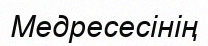
Медресесінің